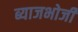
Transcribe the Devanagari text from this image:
ब्याजभोजी